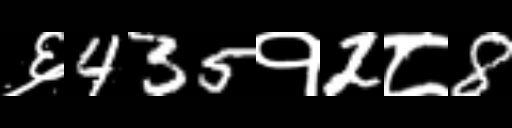
Text: ६435१2८8